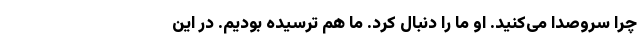
چرا سروصدا می‌کنید. او ما را دنبال کرد. ما هم ترسیده بودیم. در این